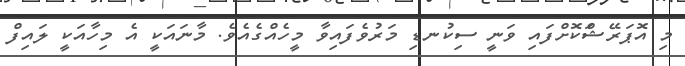
މި އޮޕަރޭޝަްކޮށްފައި ވަނީ ސިކުނޑި މަރުވެފައިވާ މީހެއްގެއެވެ. މާނައަކީ އެ މިހާއަކީ ލައިފް